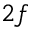
2 f